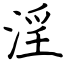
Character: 淫